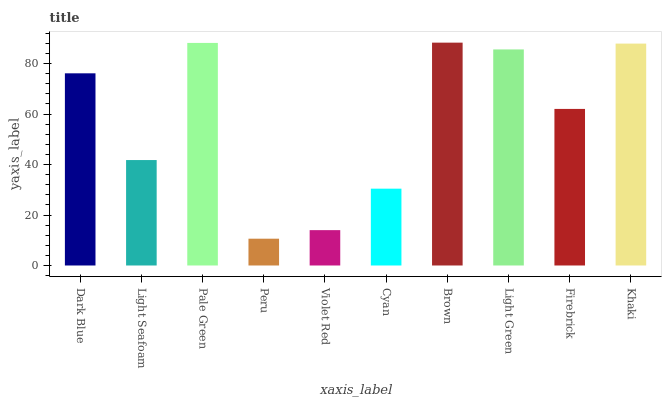
| xaxis_label | bars |
 | --- | --- |
 | Dark Blue | 76.1 |
 | Light Seafoam | 41.8 |
 | Pale Green | 88.2 |
 | Peru | 10.6 |
 | Violet Red | 14 |
 | Cyan | 30.4 |
 | Brown | 88.3 |
 | Light Green | 85.6 |
 | Firebrick | 62 |
 | Khaki | 87.9 |